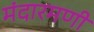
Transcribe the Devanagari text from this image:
मंदारमणी